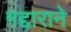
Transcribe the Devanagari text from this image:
गद्दाराने